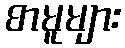
စာမူများ